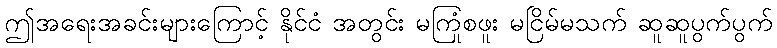
ဤအရေးအခင်းများကြောင့် နိုင်ငံ အတွင်း မကြုံစဖူး မငြိမ်မသက် ဆူဆူပွက်ပွက်